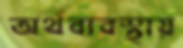
অর্থব্যবস্থায়